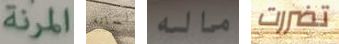
المرنة لسانه ماله تضررت